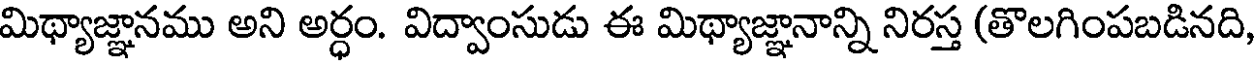
మిథ్యాజ్ఞానము అని అర్ధం. విద్వాంసుడు ఈ మిథ్యాజ్ఞానాన్ని నిరస్త (తొలగింపబడినది,